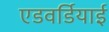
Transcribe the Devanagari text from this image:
एडवर्डियाई